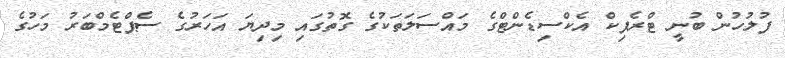
ފުލުހުން ބުނީ ޓްރެފިކް އެކްސިޑެންޓްގެ މައްސަލަތަކުގެ ގޮތުގައި މިދިޔަ އަހަރުގެ ސެޕްޓެމްބަރު މަހުގެ